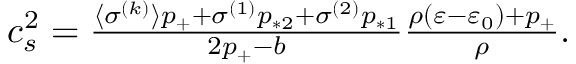
\begin{array} { r } { c _ { s } ^ { 2 } = \frac { \langle \sigma ^ { ( k ) } \rangle p _ { + } + \sigma ^ { ( 1 ) } p _ { * 2 } + \sigma ^ { ( 2 ) } p _ { * 1 } } { 2 p _ { + } - b } \frac { \rho ( \varepsilon - \varepsilon _ { 0 } ) + p _ { + } } { \rho } . } \end{array}